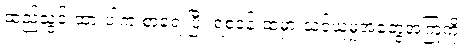
ထည့်သွင်းထားပါက စာရေးပြီး ရဲစခန်းထဲမှာ သင်ယူမှုအတွေ့အကြုံကို